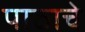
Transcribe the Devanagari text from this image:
पाठाचे